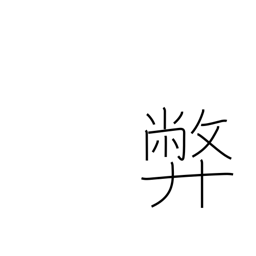
Meaning: vice